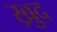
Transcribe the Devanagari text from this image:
ख्रुद